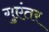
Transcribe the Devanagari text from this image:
गुएंतर